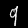
Label: 9